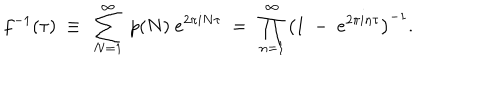
f ^ { - 1 } ( \tau ) ~ \equiv ~ \sum _ { N = 1 } ^ { \infty } ~ p ( N ) ~ e ^ { 2 \pi i N \tau } ~ = ~ \prod _ { n = 1 } ^ { \infty } \left( 1 ~ - ~ e ^ { 2 \pi i n \tau } \right) ^ { - 1 } .